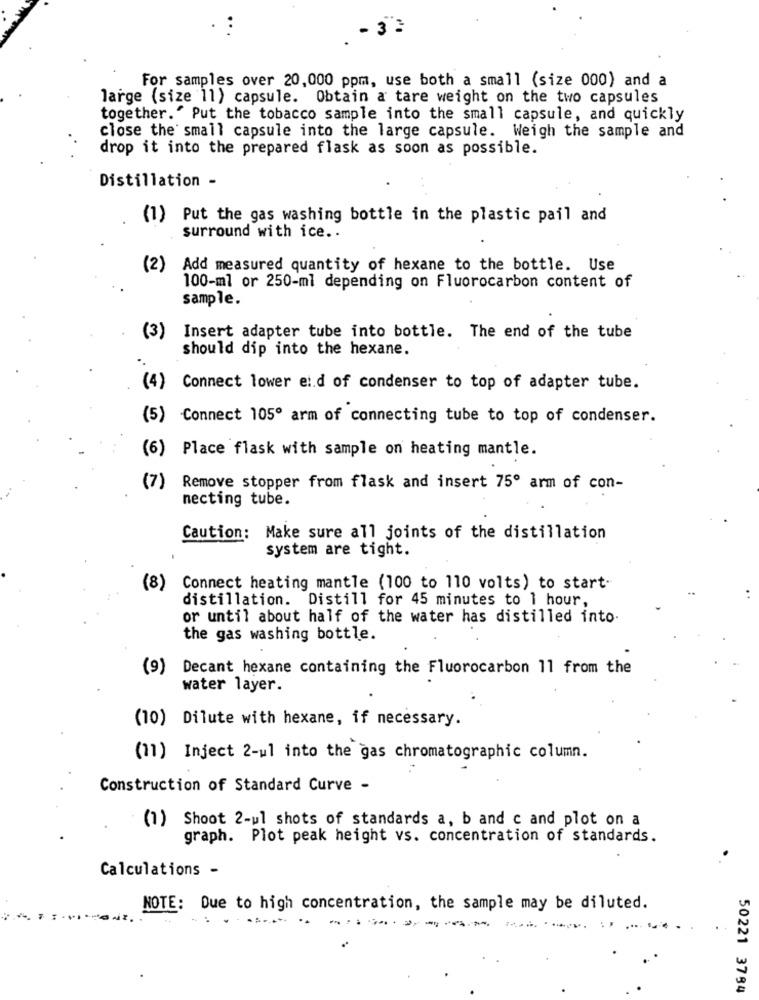
. 3
For samples over 20,000 ppm, use both a small (size 000) and a
large (size 11) capsule. Obtain a tare weight on the two capsules
together." Put the tobacco sample into the small capsule, and quickly
close the small capsule into the large capsule. Weigh the sample and
drop it into the prepared flask as soon as possible.
Distillation -
(1) Put the gas washing bottle in the plastic pail and
surround with ice ..
(2)
Add measured quantity of hexane to the bottle. Use
100-ml or 250-ml depending on Fluorocarbon content of
sample.
(3)
Insert adapter tube into bottle. The end of the tube
should dip into the hexane.
..
(4) Connect lower ei.d of condenser to top of adapter tube.
(5)
Connect 105º arm of connecting tube to top of condenser.
(6) Place flask with sample on heating mantle.
(7)
Remove stopper from flask and insert 75º arm of con-
necting tube.
Caution: Make sure all joints of the distillation
system are tight.
(8)
Connect heating mantle (100 to 110 volts) to start-
distillation. Distill for 45 minutes to 1 hour,
or until about half of the water has distilled into.
the gas washing bottle.
(9) Decant hexane containing the Fluorocarbon 11 from the
water layer.
(10) Dilute with hexane, if necessary.
(11) Inject 2-ul into the gas chromatographic column.
Construction of Standard Curve -
(1) Shoot 2-ul shots of standards a, b and c and plot on a
graph. Plot peak height vs. concentration of standards.
Calculations -
NOTE: Due to high concentration, the sample may be diluted.
....
50221 3794